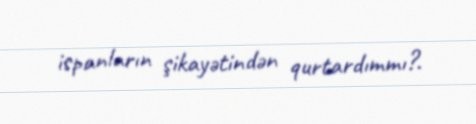
ispanların şikayətindən qurtardımmı?.